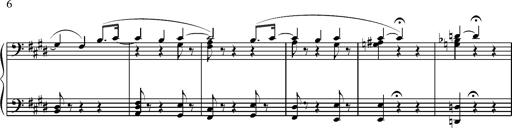
Title: Pilgerchor aus TannhÃ¤user
Composer: Franz Liszt